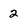
Character: 2